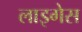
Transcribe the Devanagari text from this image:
लाइगेस